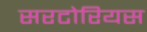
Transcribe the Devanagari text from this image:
सरटोरियस